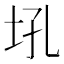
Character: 𪣂